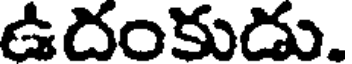
ఉదంకుడు.